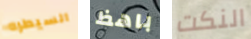
السيطره باهظ النكت